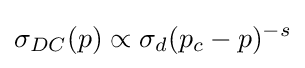
\sigma _{DC}(p)\propto \sigma _{d}(p_{c}-p)^{-s}